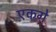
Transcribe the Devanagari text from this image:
एकगे